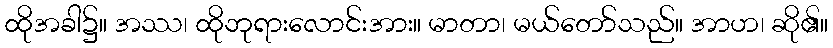
ထိုအခါ၌။ အဿ၊ ထိုဘုရားလောင်းအား။ မာတာ၊ မယ်တော်သည်။ အာဟ၊ ဆို၏။